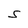
Character: S